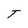
Character: T